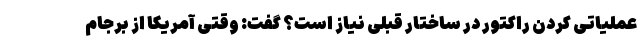
عملیاتی کردن راکتور در ساختار قبلی نیاز است؟ گفت: وقتی آمریکا از برجام